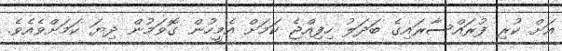
އަށް ކުރި ފުރައްސާރައިގެ ބަދަލު ހިފިއްޖެ ކަމަށް އެމީހުން ގޮވަމުން ދިޔަ ކަމަށްވެއެވެ.